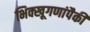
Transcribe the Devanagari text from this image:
भिक्खूगणांपैकी